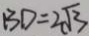
B D = 2 \sqrt { 3 }